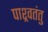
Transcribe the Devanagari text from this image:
पाश्र्वतंतु